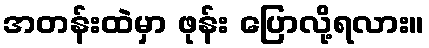
အတန်းထဲမှာ ဖုန်း ပြောလို့ရလား။